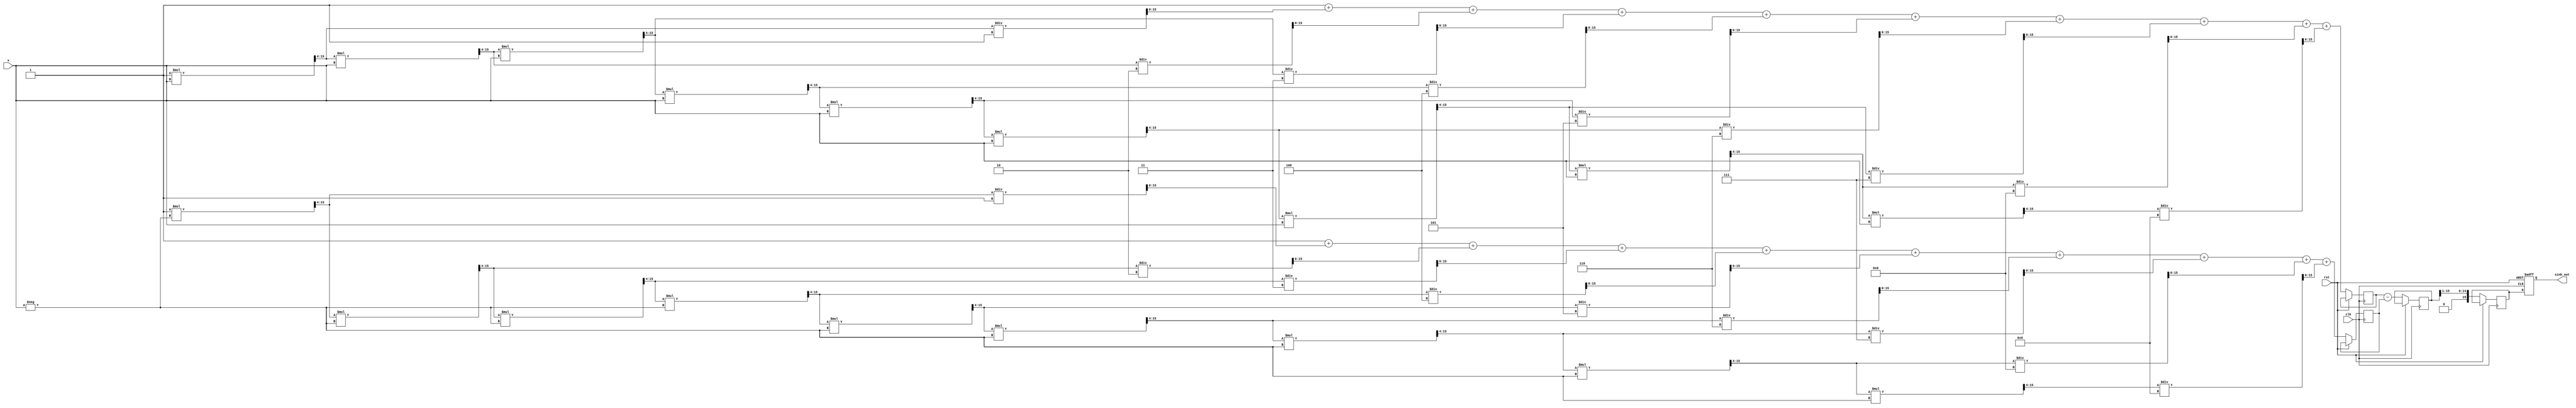
module sinh_arithmetic_block (
    input wire [15:0] x,          // Input: Fixed-point representation of x
    output reg [15:0] sinh_out,   // Output: Fixed-point representation of sinh(x)
    input wire clk,                // Clock signal
    input wire rst                 // Reset signal
);

    reg [15:0] exp_x;             // e^x
    reg [15:0] exp_neg_x;         // e^(-x)
    reg [15:0] exp_diff;          // e^x - e^(-x)
    reg [15:0] division_result;    // Result of (e^x - e^(-x)) / 2

    // Simple exponentiation using Taylor series expansion
    function [15:0] exp_taylor;
        input [15:0] val;
        reg [15:0] term;
        reg [15:0] sum;
        integer i;
        begin
            sum = 16'h0001; // e^0 = 1
            term = 16'h0001; // First term x^0 / 0!
            for (i = 1; i < 10; i = i + 1) begin
                term = (term * val) >> 4; // x^i / i! (shift for fixed-point)
                sum = sum + term / i; // Add term to sum
            end
            exp_taylor = sum;
        end
    endfunction

    always @(posedge clk or posedge rst) begin
        if (rst) begin
            sinh_out <= 16'h0000; // Reset output
        end else begin
            // Calculate e^x and e^(-x)
            exp_x <= exp_taylor(x);
            exp_neg_x <= exp_taylor(-x);
            
            // Calculate e^x - e^(-x)
            exp_diff <= exp_x - exp_neg_x;

            // Calculate (e^x - e^(-x)) / 2
            division_result <= exp_diff >> 1; // Division by 2 (shift right)

            // Assign result to output
            sinh_out <= division_result;
        end
    end

endmodule